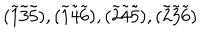
( \tilde { 1 } \tilde { 3 } \tilde { 5 } ) , ( \tilde { 1 } \tilde { 4 } \tilde { 6 } ) , ( \tilde { 2 } \tilde { 4 } \tilde { 5 } ) , ( \tilde { 2 } \tilde { 3 } \tilde { 6 } )